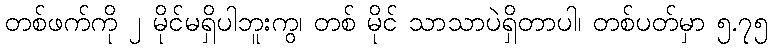
တစ်ဖက်ကို ၂ မိုင်မရှိပါဘူးကွ၊ တစ် မိုင် သာသာပဲရှိတာပါ၊ တစ်ပတ်မှာ ၅.၇၅